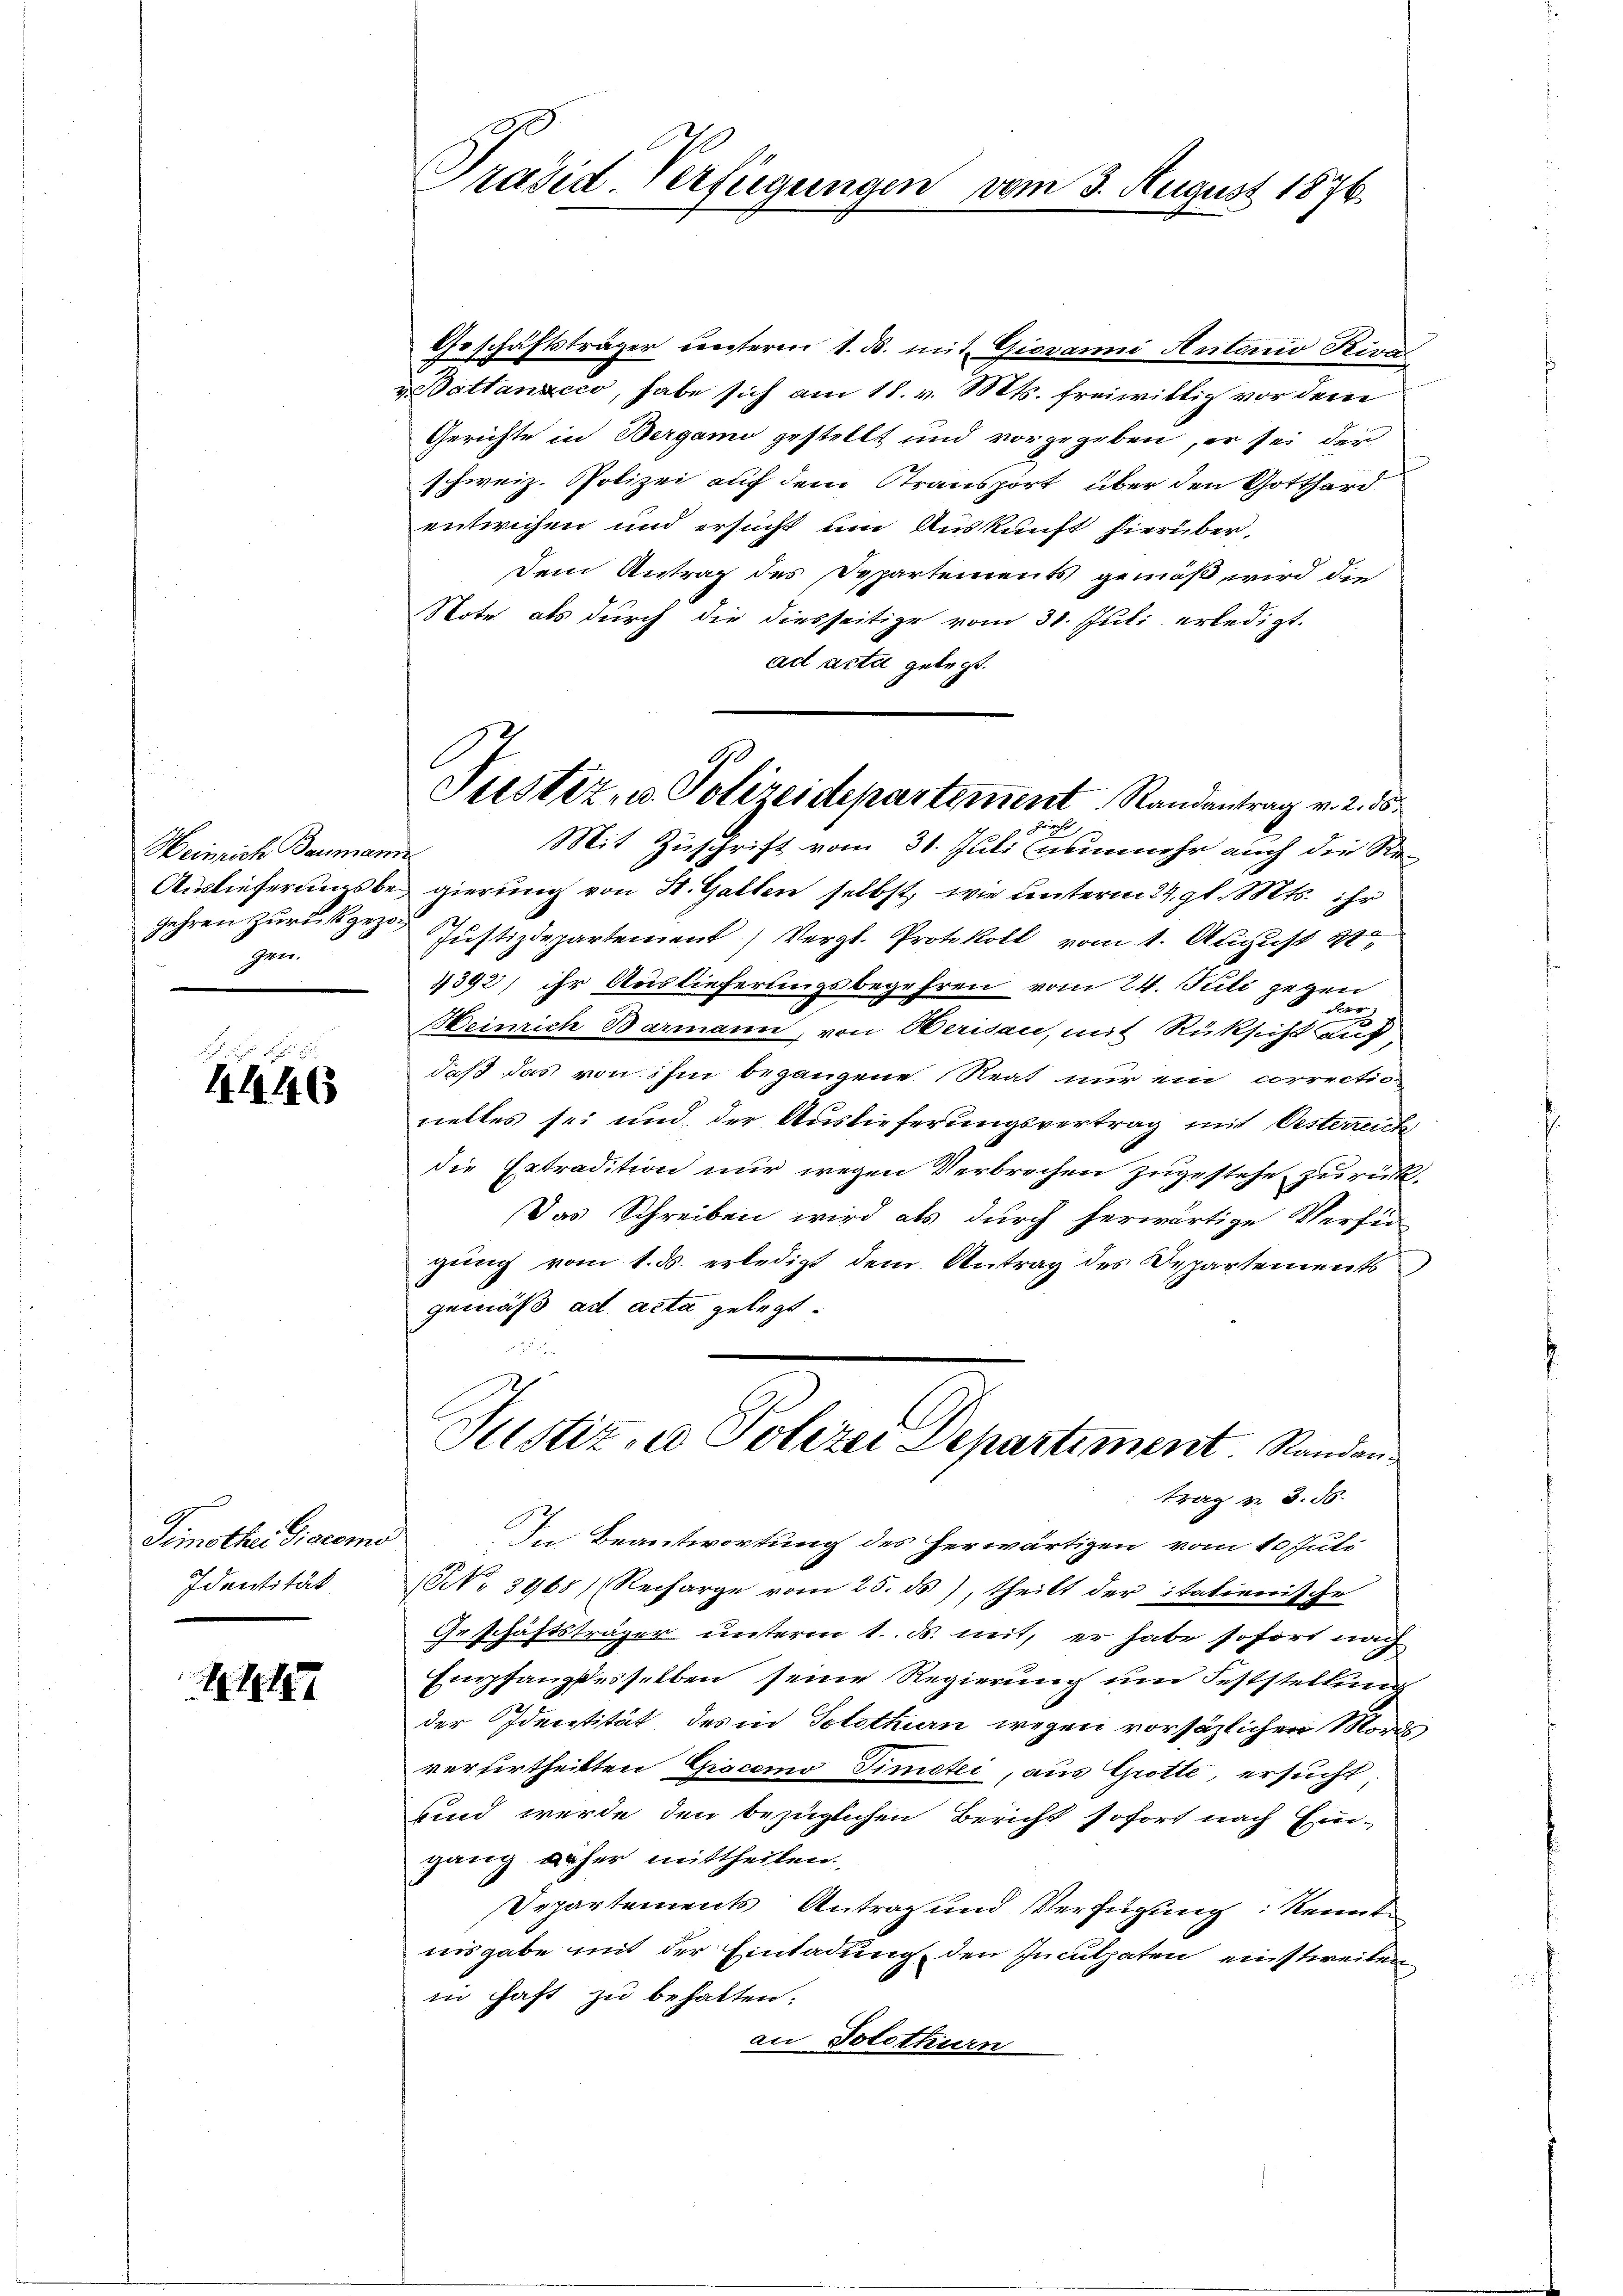
Heinrich Baumann
gehren zurückgezogen.

4446

Timothei Giacomo
Identität

11

Präsid. Verfügungen vom 3. August 1876.

Geschäftsträger unserm 1. ds. mit Giovanni Antonio Kirc
f
v. Battanzeco, habe sich am 18. v. Mts. freiwillich vor dem
Gerichte in Bergann gestellt und vorgegeben, er sei der
schweiz. Polizei auf dem Stransport über den Gotthard
entwichen und ersucht um Auskunft hierüber,
Dem Antrag des Departements gemäß wird die
Note als durch die diesseitige vom 31. Juli erledigt.
ad acta gelegt.
Mit Zuschrift vom 31. Juli (nunmehr auch die Re-
Auslieferungsbe gierung von St. Gallen selbst, wie unterm 24. gl. Mts. ihr
Justizdepartement) Vergl. Protokoll vom 1. August 84
4392) ihr Auslieferungsbegehren vom 24. Juli gegen
Heinrich Barmann, von Oerisau, mit Rüksicht auf
daß das von ihm begangene Reat nur ein correctio
nelles sei und der Auslieferungsvertrag mit Oesterreich
die Ertradition nur wegen Verbrechen zugestehe, zurück¬
Das Schreiben wird als durch herwärtige Verfü
gung vom 1. ds. erledigt dem Antrag des Departements
gemäß ad acta gelegt.
Justiz- u Polizei Departiment Randantrag v. 3. 56.
In Beantwortung des herwärtigen vom 10. Juli
(No 3968) Recharge vom 25. ds), theilt der italienische
Geschäftsträger unterm 1. ds. mit, er habe sofort nach
Empfangsesselben seine Regierung um Feststellung
der Identität des in Solothurn wegen vorsäzlichen Mords,
verfertheilten Gracomo Fimotei, aus Grotte, ersucht
kind werde den bezüglichen Bericht sofort nach Ein-
gang näher mittheilen.
Departements Antrag und Verfügung kennt
nisgabe mit der Einladung, den Inculpaten einstweiten
in haft zu behalten.
an Solothurn

A
Justiz- u. Polizeidepartement Randantrag v. 2. ds
Fürcht,